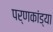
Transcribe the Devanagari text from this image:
पर्णकांड्या